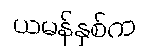
ယမန်နှစ်က